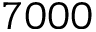
7 0 0 0